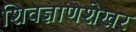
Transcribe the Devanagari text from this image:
शिवज्ञाणशेखर